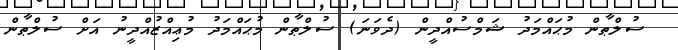
ސުލްޠާން މުޙައްމަދު ޝަމްސުއްދީން (ދެވަނަ) ސުލްޠާން މުޙައްމަދު މުޢިއްޒުއްދީނު އަށް ސުލްޠާން